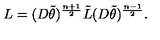
L = ( D \tilde { \theta } ) ^ { \frac { n + 1 } { 2 } } \tilde { L } ( D \tilde { \theta } ) ^ { \frac { n - 1 } { 2 } } .